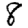
Digit: 8